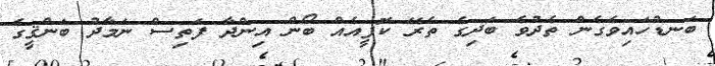
ބަނޑުހައިވެގެން ތެދުވެ ބަދިގެ ތެރޭ ކޮފީއެއް ބޯން އިންދާ ފަތިސް ނަމާދު ބަންޤީގެ